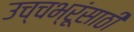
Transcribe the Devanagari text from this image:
उच्चभ्रूंसाठी